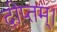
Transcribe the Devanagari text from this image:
दीप्तम्।